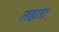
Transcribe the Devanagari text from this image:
तहत।